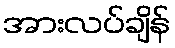
အားလပ်ချိန်